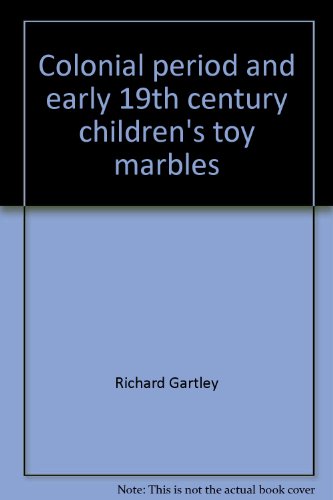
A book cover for Colonial period and early 19th century children's toy marbles: History and identifications for the archaeologist and collector; Richard Gartley; Crafts, Hobbies & Home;